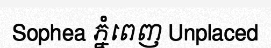
Sophea ភ្នំពេញ Unplaced